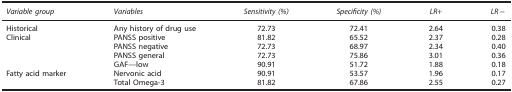
<table><thead><tr><td><b><i>Variable group</i></b></td><td><b><i>Variables</i></b></td><td><b><i>Sensitivity (%)</i></b></td><td><b><i>Specificity (%)</i></b></td><td><b><i>LR+</i></b></td><td><b><i>LR−</i></b></td></tr></thead><tbody><tr><td>Historical</td><td>Any history of drug use</td><td>72.73</td><td>72.41</td><td>2.64</td><td>0.38</td></tr><tr><td>Clinical</td><td>PANSS positive</td><td>81.82</td><td>65.52</td><td>2.37</td><td>0.28</td></tr><tr><td> </td><td>PANSS negative</td><td>72.73</td><td>68.97</td><td>2.34</td><td>0.40</td></tr><tr><td> </td><td>PANSS general</td><td>72.73</td><td>75.86</td><td>3.01</td><td>0.36</td></tr><tr><td> </td><td>GAF—low</td><td>90.91</td><td>51.72</td><td>1.88</td><td>0.18</td></tr><tr><td>Fatty acid marker</td><td>Nervonic acid</td><td>90.91</td><td>53.57</td><td>1.96</td><td>0.17</td></tr><tr><td> </td><td>Total Omega-3</td><td>81.82</td><td>67.86</td><td>2.55</td><td>0.27</td></tr></tbody></table>